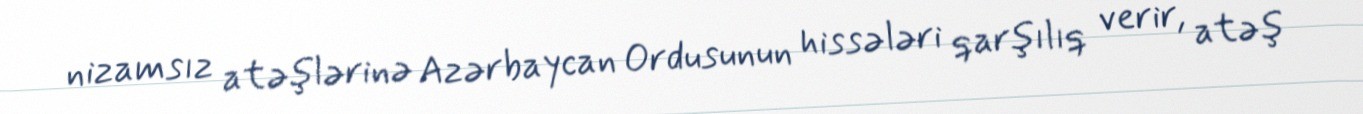
nizamsız atəşlərinə Azərbaycan Ordusunun hissələri qarşılıq verir, atəş